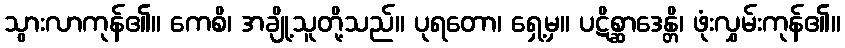
သွားလာကုန်၏။ ကေစိ၊ အချို့သူတို့သည်။ ပုရတော၊ ရှေ့မှ။ ပဋိစ္ဆာဒေန္တိ၊ ဖုံးလွှမ်းကုန်၏။